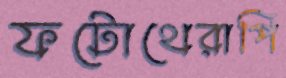
ফটোথেরাপি